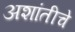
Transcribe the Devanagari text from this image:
अशांतीचे